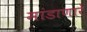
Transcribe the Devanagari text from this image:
मांडाणारे